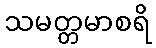
သမတ္တမာစရိ